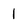
Character: 1